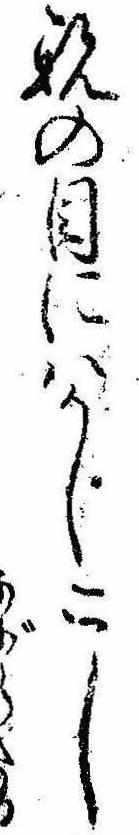
親の目にはかしこし